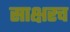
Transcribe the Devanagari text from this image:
साक्षरच